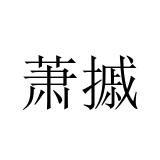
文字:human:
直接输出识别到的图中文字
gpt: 萧摵